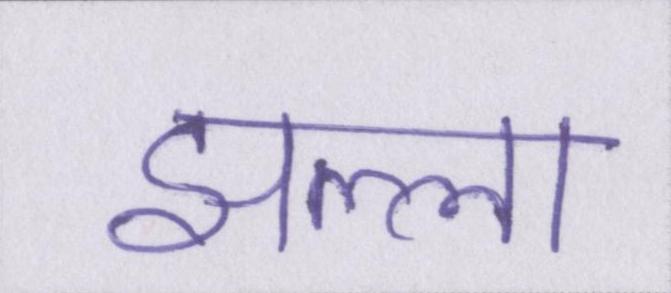
झल्ला